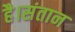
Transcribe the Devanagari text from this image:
है।संतान